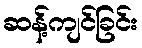
ဆန့်ကျင်ခြင်း